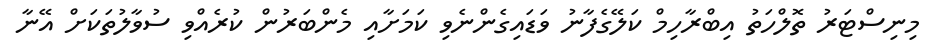
މިނިސްޓަރު ތޮލްހަތު އިބްރާހިމް ކަލޭގެފާނު ވަޑައިގެންނެވި ކަމަށާއި މެންބަރުން ކުރެއްވި ސުވާލުތަކަށް އޭނާ